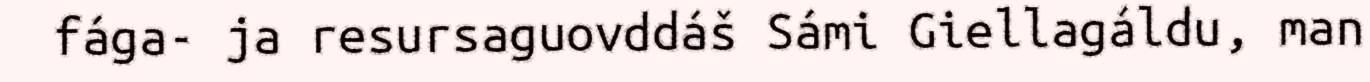
fága- ja resursaguovddáš Sámi Giellagáldu, man